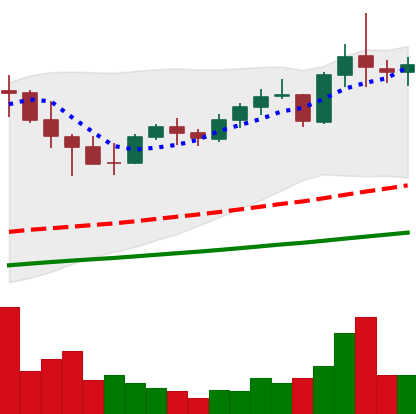
Ticker: NEO-USD
Chart end date: 2021-05-09
Forward return: -15.379%
Label: down_7plus